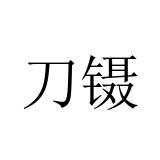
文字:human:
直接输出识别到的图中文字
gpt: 刀镊